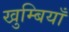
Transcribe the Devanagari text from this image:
खुम्बियाँ